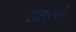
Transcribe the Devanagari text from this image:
उतरलं